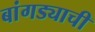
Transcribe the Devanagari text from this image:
बांगड्याची